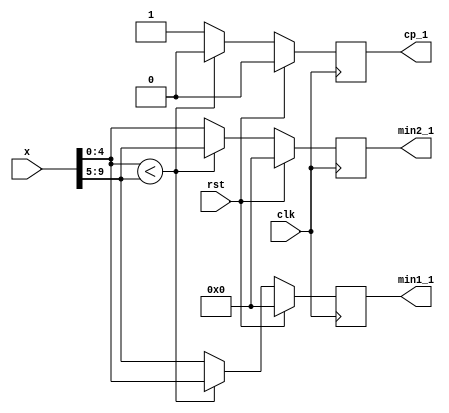
`timescale 1ns / 1ps
//////////////////////////////////////////////////////////////////////////////////
// Company: 
// Engineer: 
// 
// Design Name: 
// Module Name: m2VG_pipelined_2
// Project Name: 
// Target Devices: 
// Tool Versions: 
// Description: 
// 
// Dependencies: 
// 
// Revision:
// Revision 0.01 - File Created
// Additional Comments:
// 
//////////////////////////////////////////////////////////////////////////////////


module m2VG_pipelined_2(
     min1_1,
     min2_1,
     cp_1,
     x,
     clk,rst
    );
    
    parameter W=6;
    parameter Wc=2;
        
    output reg [W-2:0]min1_1;
    output reg [W-2:0]min2_1;
    output reg cp_1;
    input [(W-1)*Wc-1:0]x;
    input clk;
    input rst;
    
    wire [W-2:0]min1_wire;
    wire [W-2:0]min2_wire;
    wire cp_wire;
    
    always@(posedge clk) begin
            if(rst)begin
                min1_1 <= 0;
                min2_1 <= 0;
                cp_1 <= 0;
            end
            else begin
                min1_1 <= min1_wire;
                min2_1 <= min2_wire;
                cp_1 <= cp_wire;
            end
        end
        
        assign min1_wire = x[W-2:0]<x[Wc*(W-1)-1:W-1]?x[W-2:0]:x[Wc*(W-1)-1:W-1];
        assign min2_wire = x[W-2:0]<x[Wc*(W-1)-1:W-1]?x[Wc*(W-1)-1:W-1]:x[W-2:0];
        assign cp_wire = x[W-2:0]<x[Wc*(W-1)-1:W-1]?0:1;
        
endmodule